65_HS1-834228961_62-HQ-83894_Section_7
Agency: FBI
Page 16
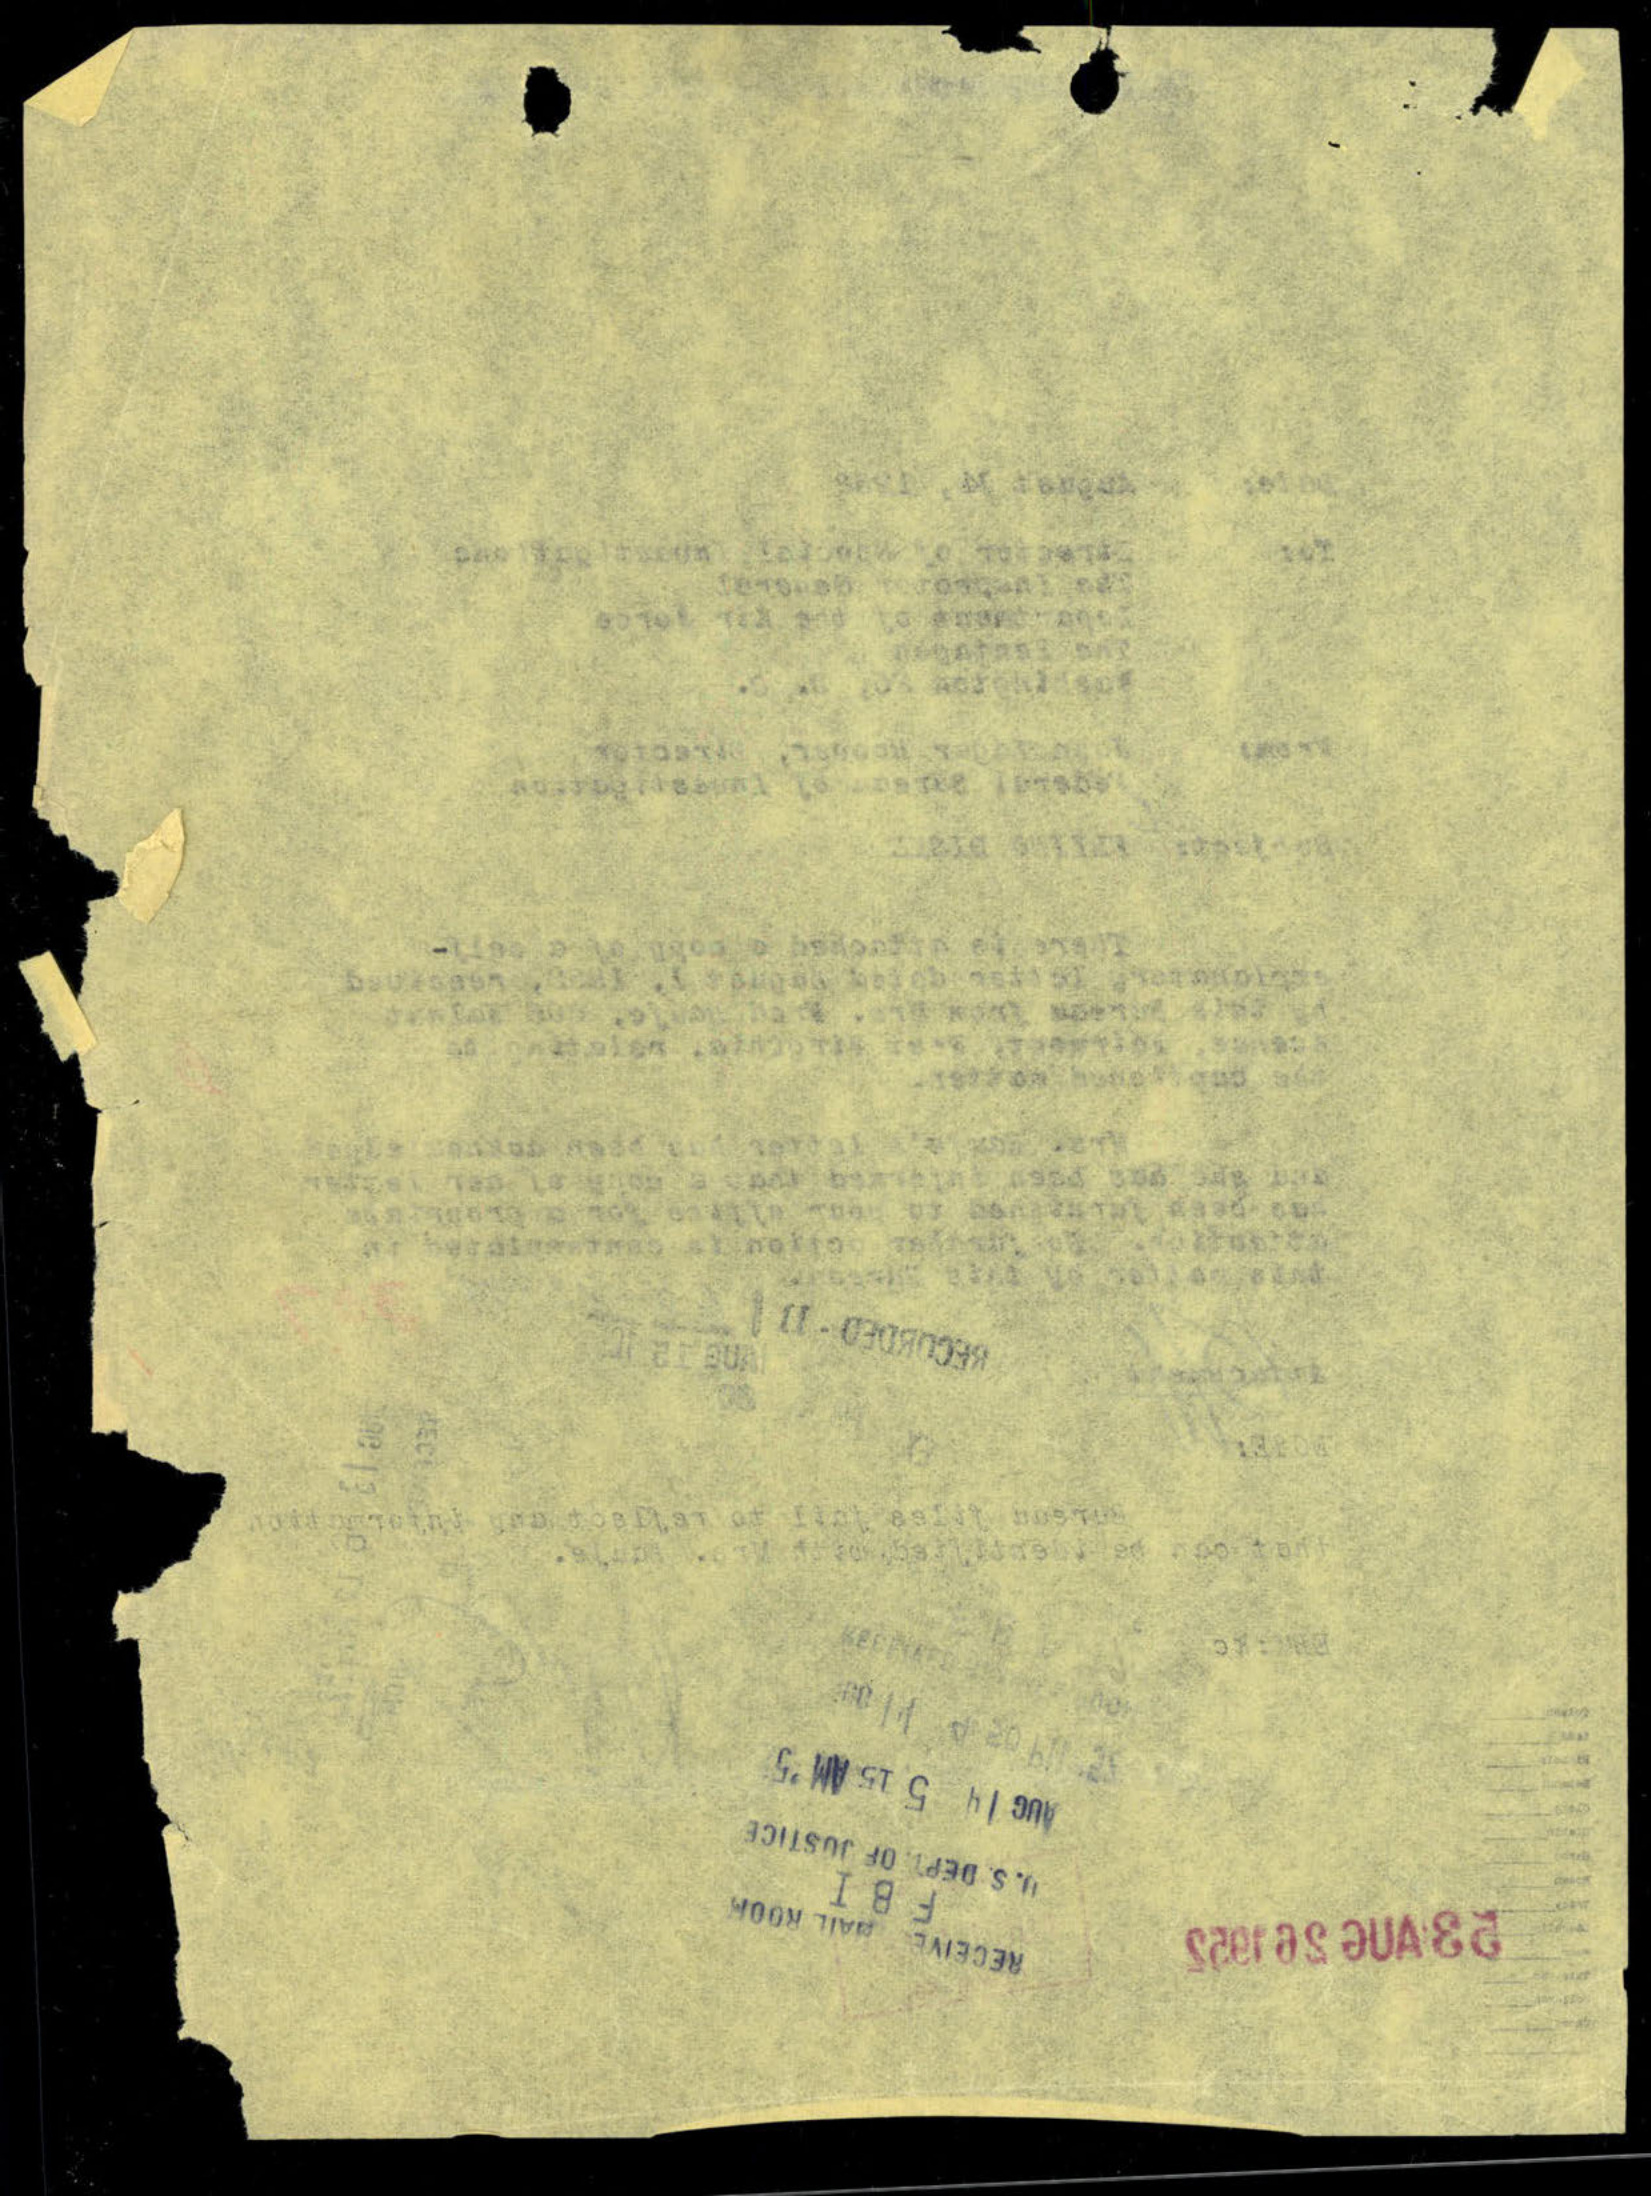